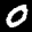
Label: 0